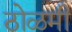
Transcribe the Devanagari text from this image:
ठोळमी